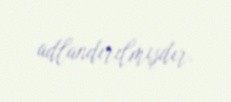
adlandırılmışdır.